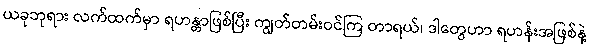
ယခုဘုရား လက်ထက်မှာ ရဟန္တာဖြစ်ပြီး ကျွတ်တမ်းဝင်ကြ တာရယ်၊ ဒါတွေဟာ ရဟန်းအဖြစ်နဲ့